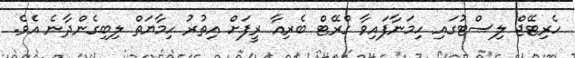
ހެރިޓޭޖް ލިސްޓުގައި ހިމަނާފައިވާ ގްރޭޓް ބެރިއާ ރީފަށް އިތުރު ހިމާޔަތް ލިބިގެންދާނެ އެވެ.